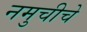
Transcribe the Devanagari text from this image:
नमुचीचे